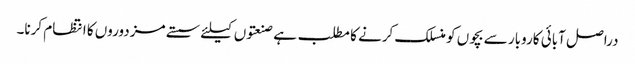
دراصل آبائی کاروبار سے بچوں کو منسلک کرنے کا مطلب ہے صنعتوں کیلئے سستے مزدوروں کا انتظام کرنا۔